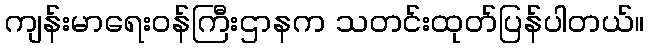
ကျန်းမာရေးဝန်ကြီးဌာနက သတင်းထုတ်ပြန်ပါတယ်။